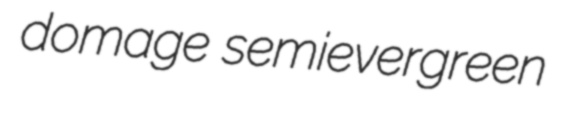
domage semievergreen